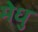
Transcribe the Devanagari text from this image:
मेधु